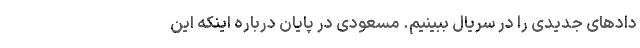
دادهای جدیدی را در سریال ببینیم. مسعودی در پایان درباره اینکه این